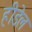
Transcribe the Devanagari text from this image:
हीडेल